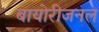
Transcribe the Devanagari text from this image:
बायोरीजनल